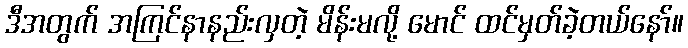
ဒီအတွက် အကြင်နာနည်းလှတဲ့ မိန်းမလို့ မောင် ထင်မှတ်ခဲ့တယ်နော်။